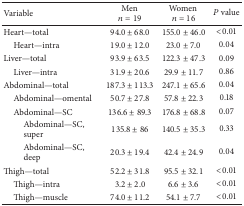
<table><thead><tr><td><b>Variable</b></td><td><b>Men <i>n</i> = 19</b></td><td><b>Women <i>n</i> = 16</b></td><td><b><i>P</i> value</b></td></tr></thead><tbody><tr><td>Heart—total</td><td>94.0 ± 68.0</td><td>155.0 ± 46.0</td><td>&lt;0.01</td></tr><tr><td> Heart—intra</td><td>19.0 ± 12.0</td><td>23.0 ± 7.0</td><td>0.04</td></tr><tr><td>Liver—total</td><td>93.9 ± 63.5</td><td>122.3 ± 47.3</td><td>0.09</td></tr><tr><td> Liver—intra</td><td>31.9 ± 20.6</td><td>29.9 ± 11.7</td><td>0.86</td></tr><tr><td>Abdominal—total</td><td>187.3 ± 113.3</td><td>247.1 ± 65.6</td><td>0.04</td></tr><tr><td> Abdominal—omental</td><td>50.7 ± 27.8</td><td>57.8 ± 22.3</td><td>0.18</td></tr><tr><td> Abdominal—SC </td><td>136.6 ± 89.3</td><td>176.8 ± 68.8</td><td>0.07</td></tr><tr><td>Abdominal—SC,super</td><td>135.8 ± 86</td><td>140.5 ± 35.3</td><td>0.33</td></tr><tr><td>Abdominal—SC,deep</td><td>20.3 ± 19.4</td><td>42.4 ± 24.9</td><td>0.04</td></tr><tr><td>Thigh—total</td><td>52.2 ± 31.8</td><td>95.5 ± 32.1</td><td>&lt;0.01</td></tr><tr><td> Thigh—intra</td><td>3.2 ± 2.0</td><td>6.6 ± 3.6</td><td>&lt;0.01</td></tr><tr><td> Thigh—muscle</td><td>74.0 ± 11.2</td><td>54.1 ± 7.7</td><td>&lt;0.01</td></tr></tbody></table>